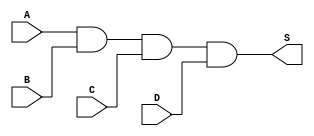
module and_4input(S, A, B, C, D);

input   A,B,C, D;
output  S;

and and0(S, A, B, C, D);
endmodule